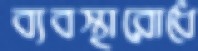
ব্যবস্থারোধে